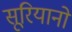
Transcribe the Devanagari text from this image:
सूरियानो